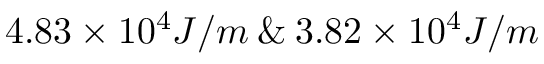
4 . 8 3 \times 1 0 ^ { 4 } J / m \: \& \: 3 . 8 2 \times 1 0 ^ { 4 } J / m